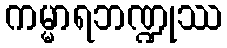
ကမ္မာရဘဏ္ဍုဿ